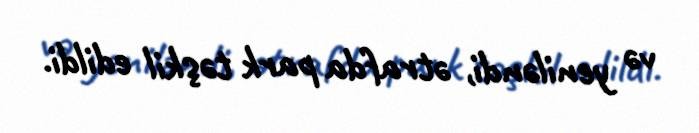
və yeniləndi, ətrafda park təşkil edildi.